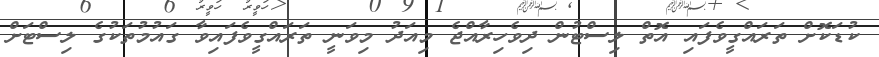
ކުޑަކޮށް ތަރައްގީވެފައި އޮތް ލިސްޓުން ދިވެހިރާއްޖެ މިއަދު މިވަނީ ތަރައްގީވެފައިވާ ގައުމުތަކުގެ ލިސްޓަށް